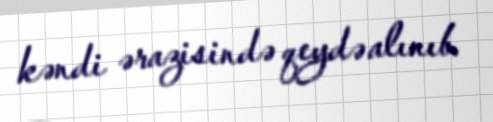
kəndi ərazisində qeydə alınıb.